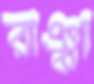
রাঞ্ঝা